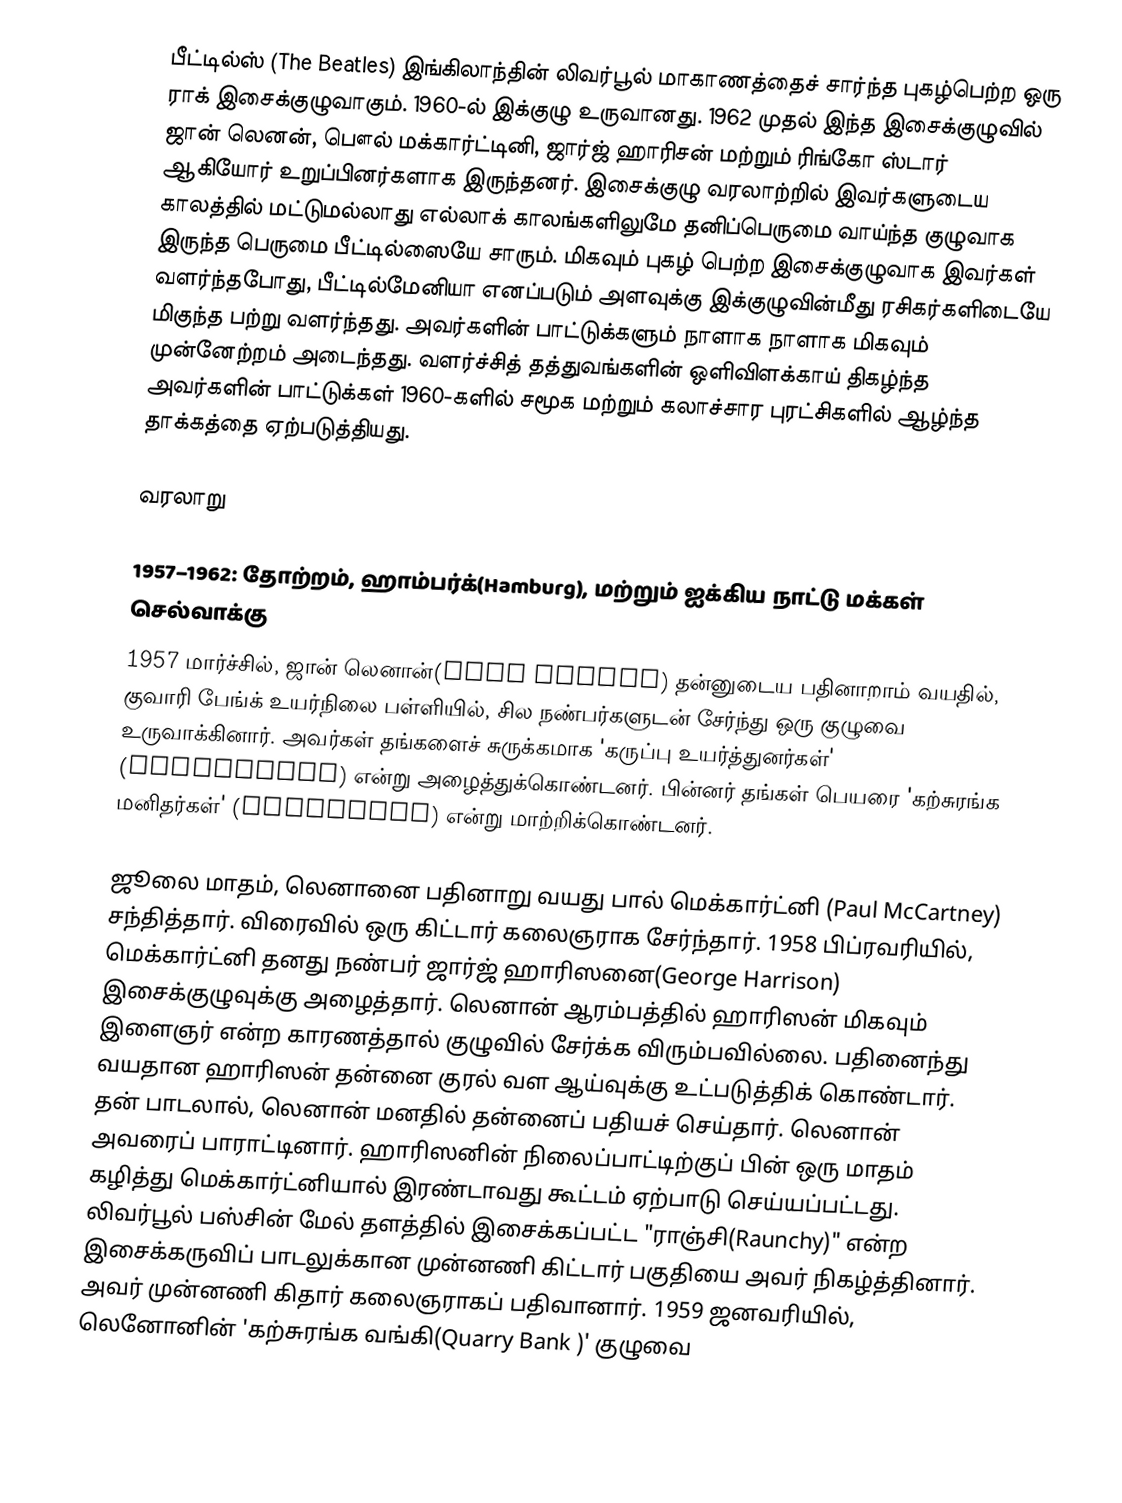
பீட்டில்ஸ் (The Beatles) இங்கிலாந்தின் லிவர்பூல் மாகாணத்தைச் சார்ந்த புகழ்பெற்ற ஒரு ராக் இசைக்குழுவாகும். 1960-ல் இக்குழு உருவானது. 1962 முதல் இந்த இசைக்குழுவில் ஜான் லெனன், பௌல் மக்கார்ட்டினி, ஜார்ஜ் ஹாரிசன் மற்றும் ரிங்கோ ஸ்டார் ஆகியோர் உறுப்பினர்களாக இருந்தனர். இசைக்குழு வரலாற்றில் இவர்களுடைய காலத்தில் மட்டுமல்லாது எல்லாக் காலங்களிலுமே தனிப்பெருமை வாய்ந்த குழுவாக இருந்த பெருமை பீட்டில்ஸையே சாரும். மிகவும் புகழ் பெற்ற இசைக்குழுவாக இவர்கள் வளர்ந்தபோது, பீட்டில்மேனியா எனப்படும் அளவுக்கு இக்குழுவின்மீது ரசிகர்களிடையே மிகுந்த பற்று  வளர்ந்தது. அவர்களின் பாட்டுக்களும் நாளாக நாளாக மிகவும் முன்னேற்றம் அடைந்தது. வளர்ச்சித் தத்துவங்களின் ஒளிவிளக்காய் திகழ்ந்த அவர்களின் பாட்டுக்கள் 1960-களில் சமூக மற்றும் கலாச்சார புரட்சிகளில் ஆழ்ந்த தாக்கத்தை ஏற்படுத்தியது.

வரலாறு

1957–1962: தோற்றம், ஹாம்பர்க்(Hamburg), மற்றும் ஐக்கிய நாட்டு மக்கள் செல்வாக்கு
1957 மார்ச்சில், ஜான் லெனான்(John Lennon) தன்னுடைய பதினாறாம் வயதில், குவாரி பேங்க் உயர்நிலை பள்ளியில், சில நண்பர்களுடன் சேர்ந்து ஒரு குழுவை உருவாக்கினார். அவர்கள் தங்களைச் சுருக்கமாக 'கருப்பு உயர்த்துனர்கள்' (Blackjacks) என்று அழைத்துக்கொண்டனர். பின்னர் தங்கள் பெயரை 'கற்சுரங்க மனிதர்கள்' (Quarrymen) என்று மாற்றிக்கொண்டனர்.

ஜூலை மாதம், லெனானை பதினாறு வயது பால் மெக்கார்ட்னி (Paul McCartney) சந்தித்தார்.  விரைவில் ஒரு கிட்டார் கலைஞராக சேர்ந்தார். 1958 பிப்ரவரியில், மெக்கார்ட்னி தனது நண்பர் ஜார்ஜ் ஹாரிஸனை(George Harrison) இசைக்குழுவுக்கு அழைத்தார். லெனான் ஆரம்பத்தில் ஹாரிஸன் மிகவும் இளைஞர் என்ற காரணத்தால் குழுவில் சேர்க்க விரும்பவில்லை. பதினைந்து வயதான ஹாரிஸன் தன்னை குரல் வள ஆய்வுக்கு உட்படுத்திக் கொண்டார். தன் பாடலால், லெனான் மனதில் தன்னைப் பதியச் செய்தார்.  லெனான் அவரைப் பாராட்டினார். ஹாரிஸனின் நிலைப்பாட்டிற்குப் பின் ஒரு மாதம் கழித்து மெக்கார்ட்னியால் இரண்டாவது கூட்டம் ஏற்பாடு செய்யப்பட்டது. லிவர்பூல் பஸ்சின் மேல் தளத்தில் இசைக்கப்பட்ட "ராஞ்சி(Raunchy)" என்ற இசைக்கருவிப் பாடலுக்கான முன்னணி கிட்டார் பகுதியை அவர் நிகழ்த்தினார்.  அவர் முன்னணி கிதார் கலைஞராகப் பதிவானார்.  1959 ஜனவரியில், லெனோனின் 'கற்சுரங்க வங்கி(Quarry Bank )' குழுவை